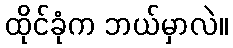
ထိုင်ခုံက ဘယ်မှာလဲ။